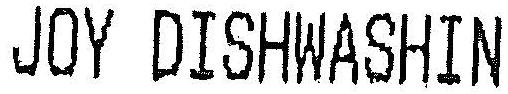
JOY DISHWASHIN